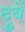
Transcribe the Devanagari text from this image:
दुबें